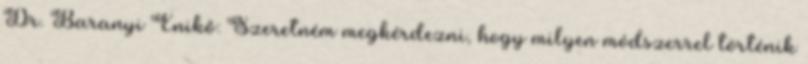
Dr. Baranyi Enikő: Szeretném megkérdezni, hogy milyen módszerrel történik